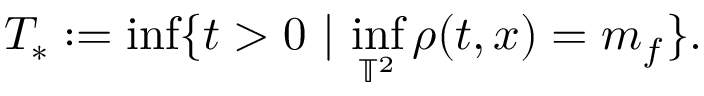
T _ { * } : = \operatorname* { i n f } \{ t > 0 \ \lvert \ \operatorname* { i n f } _ { \mathbb { T } ^ { 2 } } \rho ( t , x ) = m _ { f } \} .